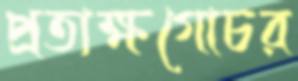
প্রত্যক্ষগোচর